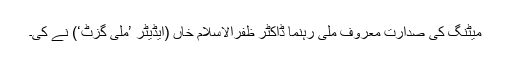
میٹنگ کی صدارت معروف ملی رہنما ڈاکٹر ظفرالاسلام خاں (ایڈیٹر ’ملی گزٹ‘) نے کی۔